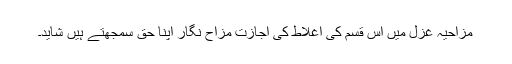
مزاحیہ غزل میں اس قسم کی اغلاط کی اجازت مزاح نگار اپنا حق سمجھتے ہیں شاید۔